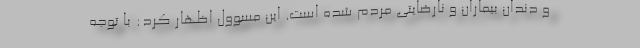
و دندان بیماران و نارضایتی مردم شده است. این مسوول اظهار کرد: با توجه